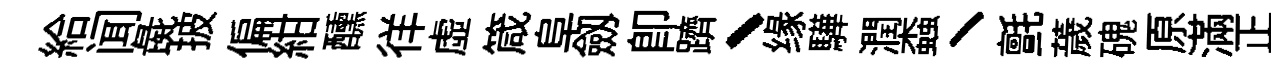
給闻彘披偏紺醺徉虚箴阜劔卽躋、缘驊潤螙丶氈薉磈原滿正